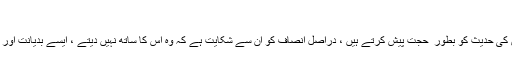
”
لیکن اپنی اسی کتاب ( ۴۴۷/۱) کے ضمیمہ میں مندرج رسالہ لمعات المصابیح علی رکعات التراویح میں اس کی حدیث کو بطور ِ حجت پیش کرتے ہیں ، دراصل انصاف کو ان سے شکایت ہے کہ وہ اس کا ساتھ نہیں دیتے ، ایسے بدیانت اور جاہل ، بلکہ اجہل لوگوں سے خیر کی کیا توقع رکھی جاسکتی ہے جو اس طرح کی واہی تباہی مچاتے ہیں ؟